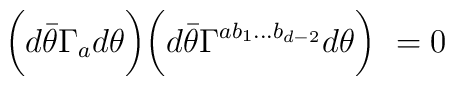
\biggl ( d{\bar \theta} \Gamma_ad\theta\biggr ) \biggl(d{\bar \theta} \Gamma^{ab_{1}\ldots b_{d-2}} d\theta\biggr )~=0